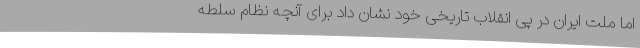
اما ملت ایران در پی انقلاب تاریخی خود نشان داد برای آنچه نظام سلطه